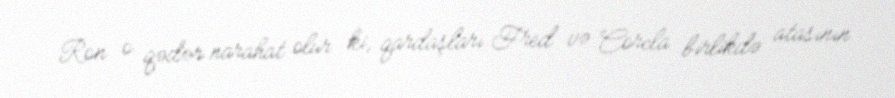
Ron o qədər narahat olur ki, qardaşları Fred və Corcla birlikdə atasının